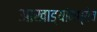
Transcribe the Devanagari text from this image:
आखाड्यांमध्येच